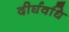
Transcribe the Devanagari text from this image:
दीर्घवधि